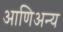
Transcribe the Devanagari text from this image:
आणिअन्य